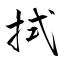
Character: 拭